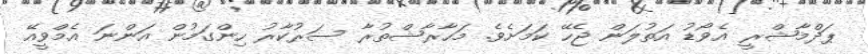
ޕަދްމާޝްރީ އެވޯޑު އަތުލަން ޖެހޭ ކަމަށެވެ. މަހާރާޝްތުރާ ސަރުކާރު ހިންގަމުން އަންނަ އެމްވީއޭ